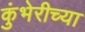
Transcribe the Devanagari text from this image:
कुंभेरीच्या